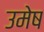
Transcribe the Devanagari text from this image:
उमेष